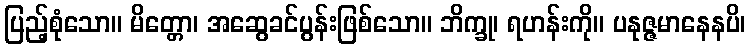
ပြည့်စုံသော။ မိတ္တော၊ အဆွေခင်ပွန်းဖြစ်သော။ ဘိက္ခု၊ ရဟန်းကို။ ပနုဇ္ဇမာနေနပိ၊